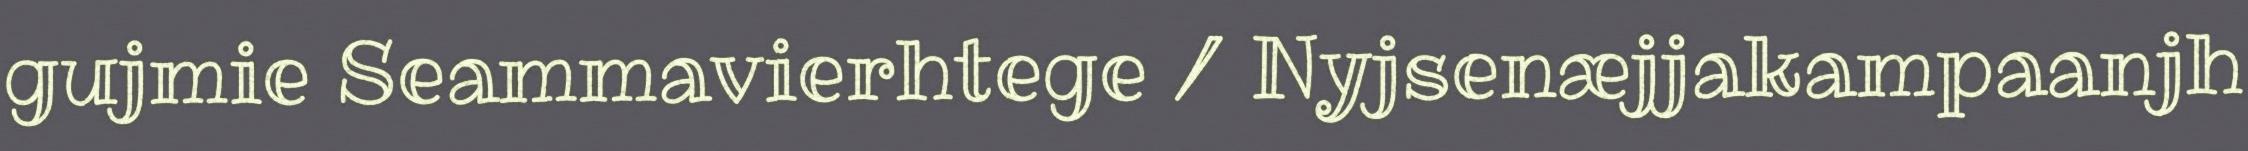
gujmie Seammavierhtege / Nyjsenæjjakampaanjh